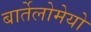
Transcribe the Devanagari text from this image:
बार्तेलोमेयो